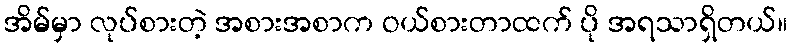
အိမ်မှာ လုပ်စားတဲ့ အစားအစာက ဝယ်စားတာထက် ပို အရသာရှိတယ်။